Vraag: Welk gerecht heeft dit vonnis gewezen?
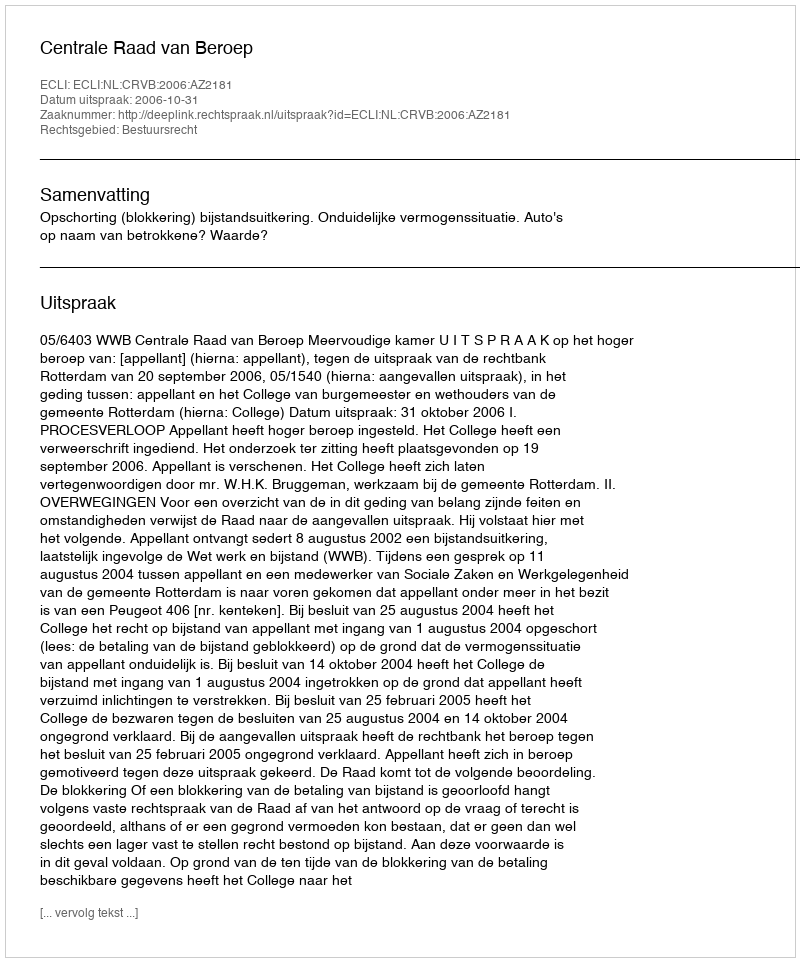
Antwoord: Centrale Raad van Beroep